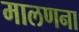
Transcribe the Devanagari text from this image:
मालणना